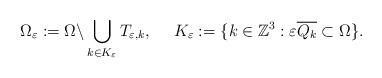
LaTeX: \begin{align*}\Omega _\varepsilon : = \Omega \backslash \bigcup\limits_{k \in K_\varepsilon} {T_{\varepsilon ,k}},~~~~{K_\varepsilon}:= \{ k \in \mathbb{Z}^3: \varepsilon \overline {Q_k} \subset \Omega \}.\end{align*}